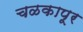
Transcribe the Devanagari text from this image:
चळकापूर